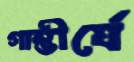
গাম্ভীর্যে